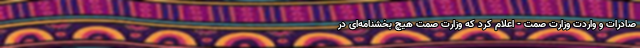
صادرات و واردت وزارت صمت - اعلام کرد که وزارت صمت هیچ بخشنامه‌ای در